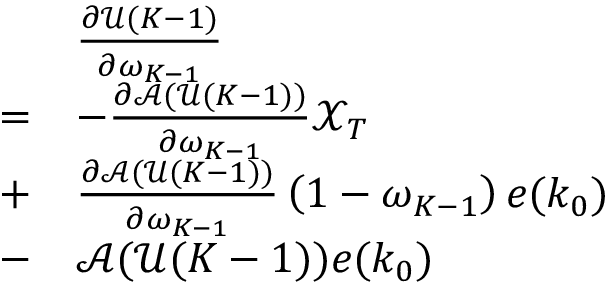
\begin{array} { r l } & { \frac { \partial \mathscr { U } ( K - 1 ) } { \partial \omega _ { K - 1 } } } \\ { = } & { - \frac { \partial \mathscr { A } ( \mathscr { U } ( K - 1 ) ) } { \partial \omega _ { K - 1 } } \mathscr { X } _ { T } } \\ { + } & { \frac { \partial \mathscr { A } ( \mathscr { U } ( K - 1 ) ) } { \partial \omega _ { K - 1 } } \left( 1 - \omega _ { K - 1 } \right) e ( k _ { 0 } ) } \\ { - } & { \mathscr { A } ( \mathscr { U } ( K - 1 ) ) e ( k _ { 0 } ) } \end{array}